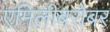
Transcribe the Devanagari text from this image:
एमिलीबरोबर